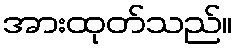
အားထုတ်သည်။